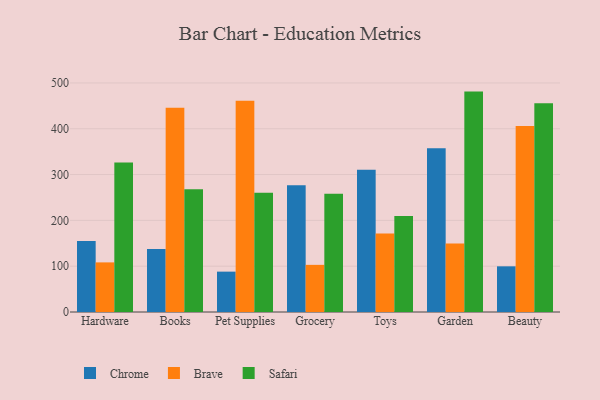
{"axis": {"x": "Category", "y": "Temperature (°C)"}, "legend": ["Brave", "Chrome", "Safari"], "data": [{"x": "Hardware", "y": 155.0, "type": "Chrome"}, {"x": "Hardware", "y": 108.3, "type": "Brave"}, {"x": "Hardware", "y": 326.5, "type": "Safari"}, {"x": "Books", "y": 137.6, "type": "Chrome"}, {"x": "Books", "y": 446.1, "type": "Brave"}, {"x": "Books", "y": 267.7, "type": "Safari"}, {"x": "Pet Supplies", "y": 88.1, "type": "Chrome"}, {"x": "Pet Supplies", "y": 460.9, "type": "Brave"}, {"x": "Pet Supplies", "y": 260.3, "type": "Safari"}, {"x": "Grocery", "y": 276.9, "type": "Chrome"}, {"x": "Grocery", "y": 102.9, "type": "Brave"}, {"x": "Grocery", "y": 257.9, "type": "Safari"}, {"x": "Toys", "y": 310.4, "type": "Chrome"}, {"x": "Toys", "y": 171.6, "type": "Brave"}, {"x": "Toys", "y": 209.4, "type": "Safari"}, {"x": "Garden", "y": 357.2, "type": "Chrome"}, {"x": "Garden", "y": 149.3, "type": "Brave"}, {"x": "Garden", "y": 481.1, "type": "Safari"}, {"x": "Beauty", "y": 99.7, "type": "Chrome"}, {"x": "Beauty", "y": 406.0, "type": "Brave"}, {"x": "Beauty", "y": 455.8, "type": "Safari"}]}